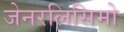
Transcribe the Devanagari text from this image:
जेनरलिसिमो